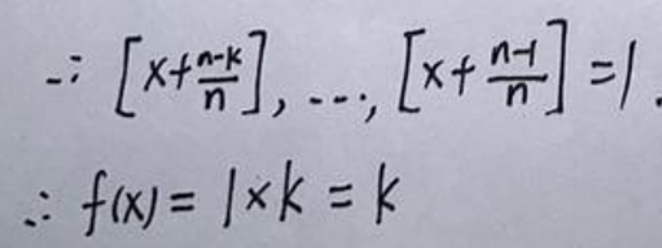
\[
\begin{align*}
&\because \left[x + \frac{n - k}{n}\right],\cdots,\left[x + \frac{n - 1}{n}\right]=1\\
&\therefore f(x)=1\times k = k
\end{align*}
\]